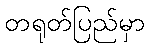
တရုတ်ပြည်မှာ